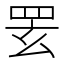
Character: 䍗